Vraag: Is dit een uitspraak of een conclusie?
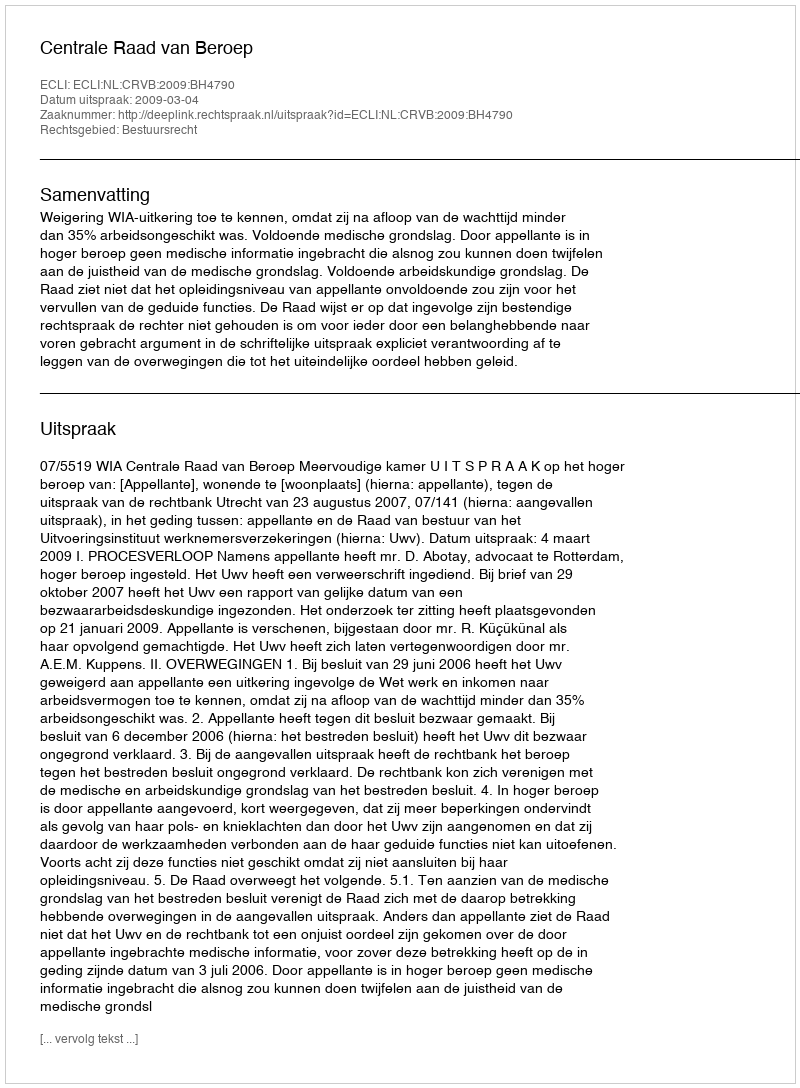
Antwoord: Uitspraak